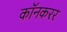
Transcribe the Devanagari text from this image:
कॉनकरर